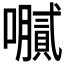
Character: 𫬤